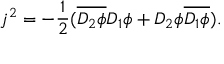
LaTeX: j ^ { 2 } = - \frac { 1 } { 2 } ( \overline { { { D _ { 2 } \phi } } } D _ { 1 } \phi + D _ { 2 } \phi \overline { { { D _ { 1 } \phi } } } ) .